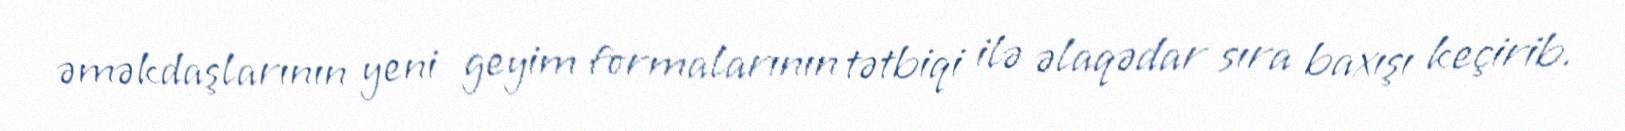
əməkdaşlarının yeni geyim formalarının tətbiqi ilə əlaqədar sıra baxışı keçirib.